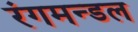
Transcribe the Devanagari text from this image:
रंगमन्डल